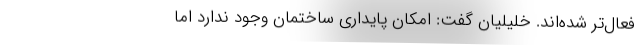
فعال‌تر شده‌اند. خلیلیان گفت: امکان پایداری ساختمان وجود ندارد اما